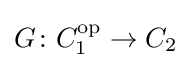
G\colon C_{1}^{\mathrm {op} }\to C_{2}